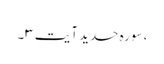
، سورہ حدید آیت ۳۔